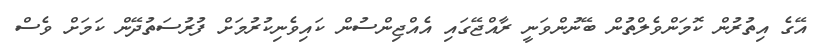
އޭގެ އިތުރުން ކޮމަންވެލްތުން ބޭނުންވަނީ ރާއްޖޭގައި އެއްޖިންސުން ކައިވެނިކުރުމަށް ފުރުސަތުދޭން ކަމަށް ވެސް